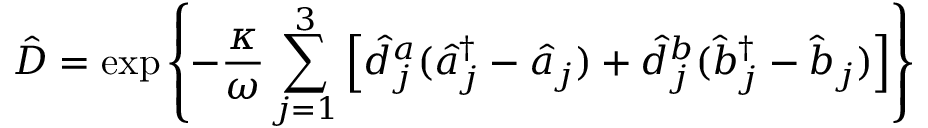
\hat { D } = \exp { \left\{ - \frac { \kappa } { \omega } \sum _ { j = 1 } ^ { 3 } \left[ \hat { d } _ { j } ^ { a } ( \hat { a } _ { j } ^ { \dagger } - \hat { a } _ { j } ) + \hat { d } _ { j } ^ { b } ( \hat { b } _ { j } ^ { \dagger } - \hat { b } _ { j } ) \right] \right\} }